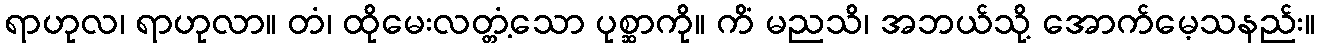
ရာဟုလ၊ ရာဟုလာ။ တံ၊ ထိုမေးလတ္တံ့သော ပုစ္ဆာကို။ ကိံ မညသိ၊ အဘယ်သို့ အောက်မေ့သနည်း။